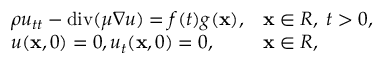
\begin{array} { r } { \begin{array} { l l } { \rho u _ { t t } - \mathrm { d i v } ( \mu \nabla u ) = f ( t ) g ( \mathbf x ) , } & { \mathbf x \in R , \; t > 0 , } \\ { u ( \mathbf x , 0 ) = 0 , u _ { t } ( \mathbf x , 0 ) = 0 , } & { \mathbf x \in R , } \end{array} } \end{array}